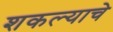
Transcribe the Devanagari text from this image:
शकल्याचे